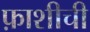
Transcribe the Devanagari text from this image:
फ़ाशीची